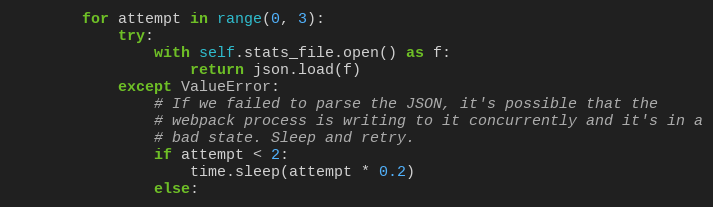
Language: Python
        for attempt in range(0, 3):
            try:
                with self.stats_file.open() as f:
                    return json.load(f)
            except ValueError:
                # If we failed to parse the JSON, it's possible that the
                # webpack process is writing to it concurrently and it's in a
                # bad state. Sleep and retry.
                if attempt < 2:
                    time.sleep(attempt * 0.2)
                else: